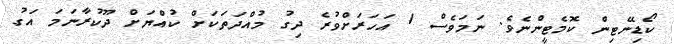
ކޯޑިނޭޓިން ކޮމެޓީންނެވެ. ނަމަވެސް 1 އަހަރަށްވުރެ ދިގު މުއްދަތަކަށް ކުއްޔަށް ދޫކުރާނަމަ އަގު